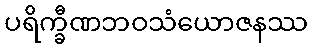
ပရိက္ခီဏဘဝသံယောဇနဿ